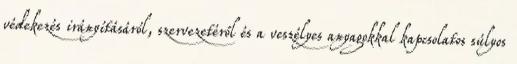
védekezés irányításáról, szervezetéről és a veszélyes anyagokkal kapcsolatos súlyos